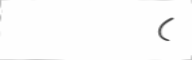
(